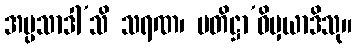
အပ္ပသာဒါ’သိ သရဏ၊ ပတိဋ္ဌာ’ဝိမှယာဒိသု။